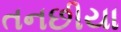
તનછીયા